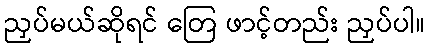
ညှပ်မယ်ဆိုရင် တြေ ဖာင့်တည်း ညှပ်ပါ။